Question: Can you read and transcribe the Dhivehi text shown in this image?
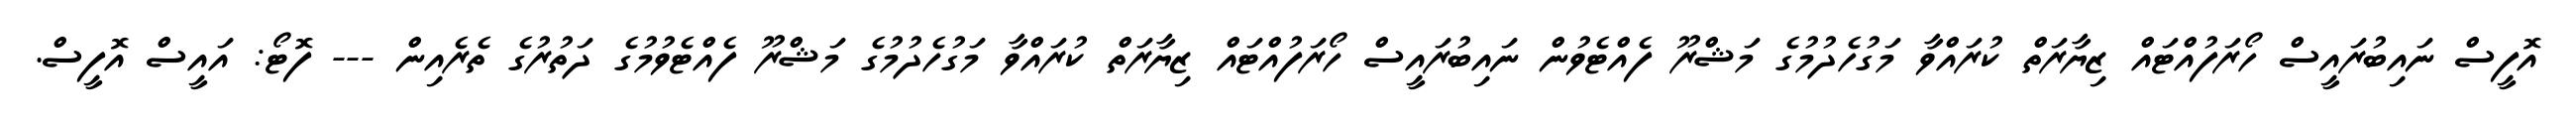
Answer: އޮފީސް ނައިބުރައީސް ހޯރަފުއްޓައް ޒިޔާރަތް ކުރައްވާ މަގުހެދުމުގެ މަޝްރޫ ފެއްޓެވުން ނައިބުރައީސް ހޯރަފުއްޓައް ޒިޔާރަތް ކުރައްވާ މަގުހެދުމުގެ މަޝްރޫ ފެއްޓެވުމުގެ ދަތުރުގެ ތެރެއިން --- ފޮޓޯ: އައީސް އޮފީސް.